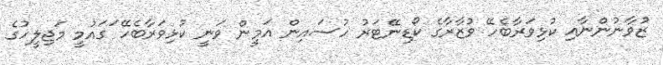
ޒުވާނުންނާއި ކުޅިވަރާބެހޭ ވުޒާރާގެ ކޯޑިނޭޓަރު ހުސައިން އަމީން ވަނީ ކުޅިވަރާބެހޭ ަގައުމީ މަޖިލީހުގެ